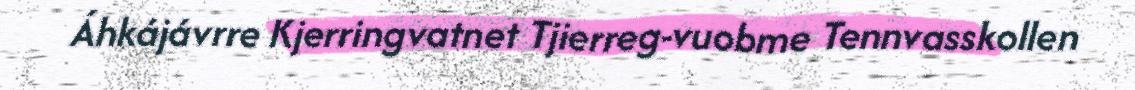
Áhkájávrre Kjerringvatnet Tjierreg-vuobme Tennvasskollen